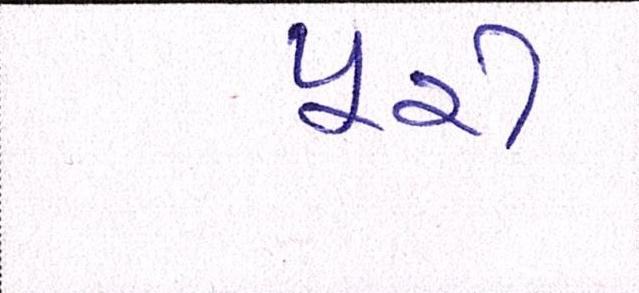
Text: પૂરી